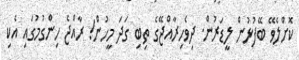
ކޮށްލެވޭ ބޭފުޅުން ލީޑަރުން. ދިވެހިރާއްޖޭގެ ތިބި ގަދަ މީހުން! ރާއްޖެ ހިންގުމުގައި އެކި